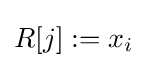
R[j]:=x_{i}